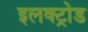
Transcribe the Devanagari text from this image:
इलक्ट्रोड